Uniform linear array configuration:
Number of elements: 8
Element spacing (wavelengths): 0.5
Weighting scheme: binomial
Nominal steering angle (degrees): -60
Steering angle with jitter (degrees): -61.421
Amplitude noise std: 0.05
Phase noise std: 0.05

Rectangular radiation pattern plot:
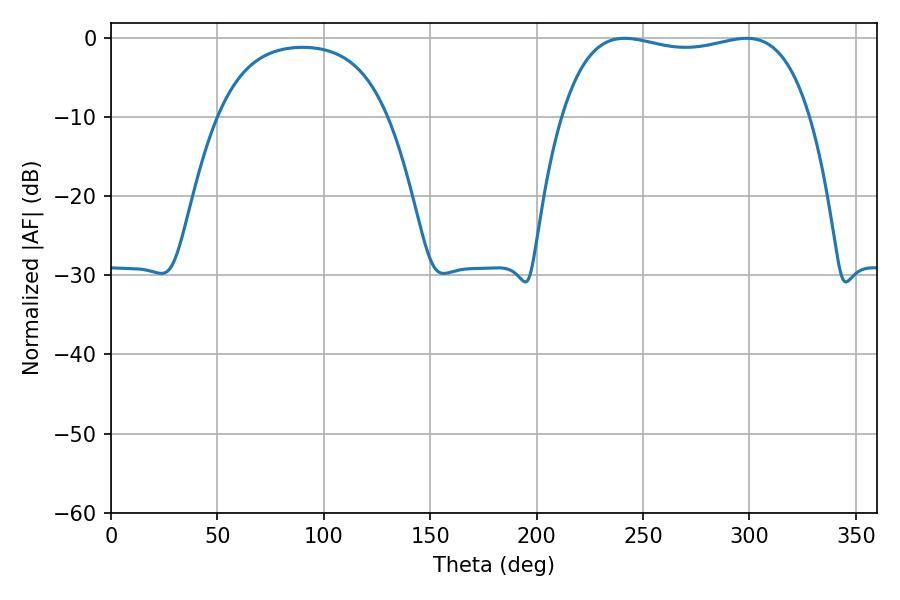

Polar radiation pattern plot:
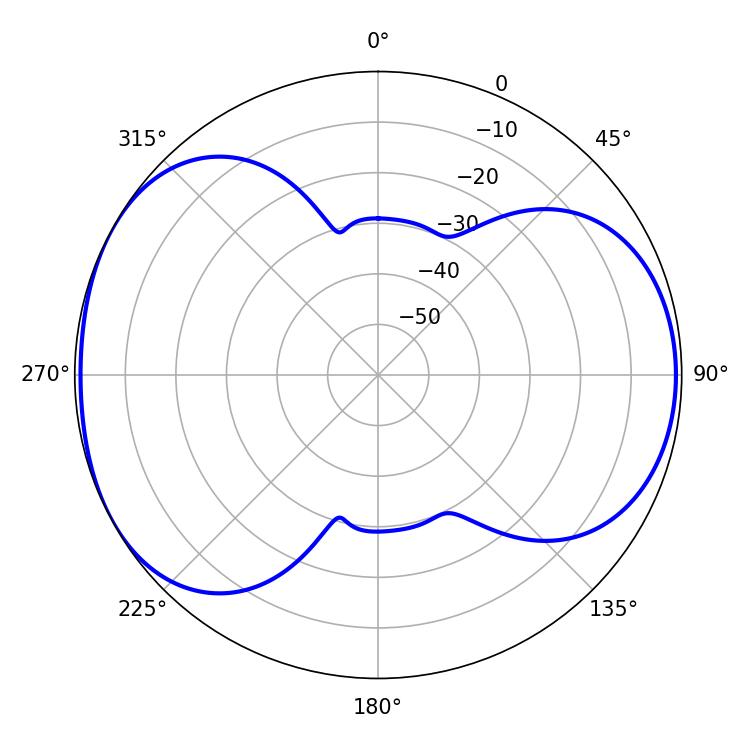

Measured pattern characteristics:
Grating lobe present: FALSE
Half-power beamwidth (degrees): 93.96
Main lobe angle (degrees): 241.38